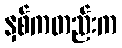
နှစ်ကတည်းက